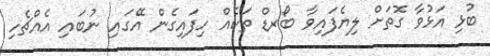
ބުޅި އަޅުވާ ގޮތަށް ލިޔެފައިވާ ބޯރޑް ތަކެއް ހިފައިގެން އޭގައި ނުބައި އެއްޗެހި